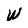
Character: W